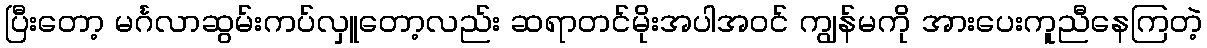
ပြီးတော့ မင်္ဂလာဆွမ်းကပ်လှူတော့လည်း ဆရာတင်မိုးအပါအဝင် ကျွန်မကို အားပေးကူညီနေကြတဲ့